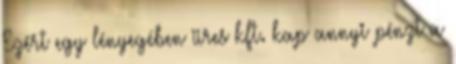
Ezért egy lényegében üres kft. kap annyi pénzt a